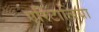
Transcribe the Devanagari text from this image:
एरिटालिया